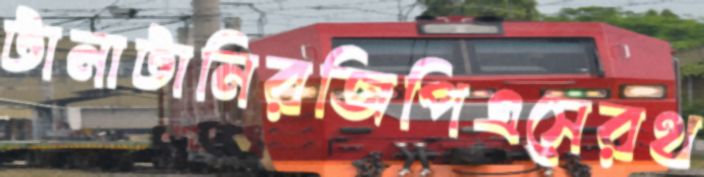
টানাটানিরজিপিএসেরথ